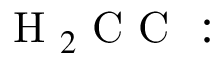
\mathrm { ~ H ~ } _ { 2 } \mathrm { ~ C ~ C ~ : ~ }